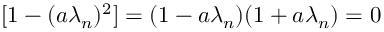
[ 1 - ( a \lambda _ { n } ) ^ { 2 } ] = ( 1 - a \lambda _ { n } ) ( 1 + a \lambda _ { n } ) = 0